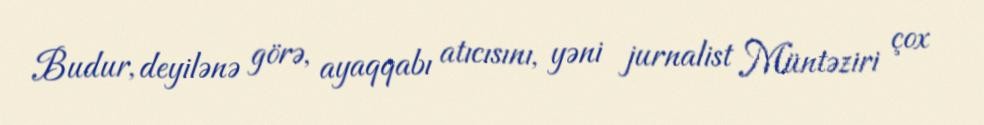
Budur, deyilənə görə, ayaqqabı atıcısını, yəni jurnalist Müntəziri çox